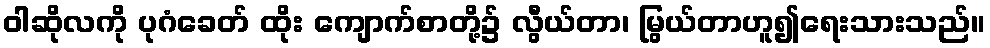
ဝါဆိုလကို ပုဂံခေတ် ထိုး ကျောက်စာတို့၌ လွီယ်တာ၊ မြွယ်တာဟူ၍ရေးသားသည်။